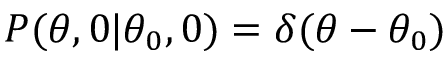
P ( \theta , 0 | \theta _ { 0 } , 0 ) = \delta ( \theta - \theta _ { 0 } )